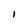
Character: I